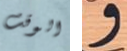
الوقت و